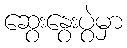
ဆွေးနွေးပွဲမှာ